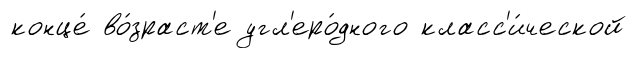
конце́ во́зраст'е угл'еро́дного класс'и́ческой